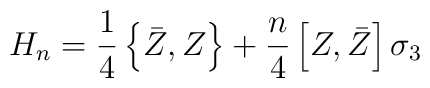
H_n=\frac 14\left\{\bar Z,Z\right\}+ \frac n4\left[Z,\bar Z\right]\sigma_3